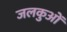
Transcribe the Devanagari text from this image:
जलकुओं